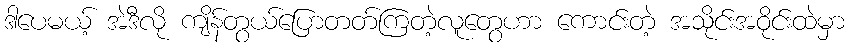
ဒါပေမယ့် အဲဒီလို ကျိန်တွယ်ပြောတတ်ကြတဲ့လူတွေဟာ ကောင်းတဲ့ အသိုင်းအဝိုင်းထဲမှာ